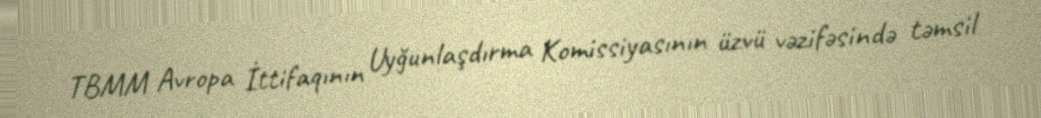
TBMM Avropa İttifaqının Uyğunlaşdırma Komissiyasının üzvü vəzifəsində təmsil